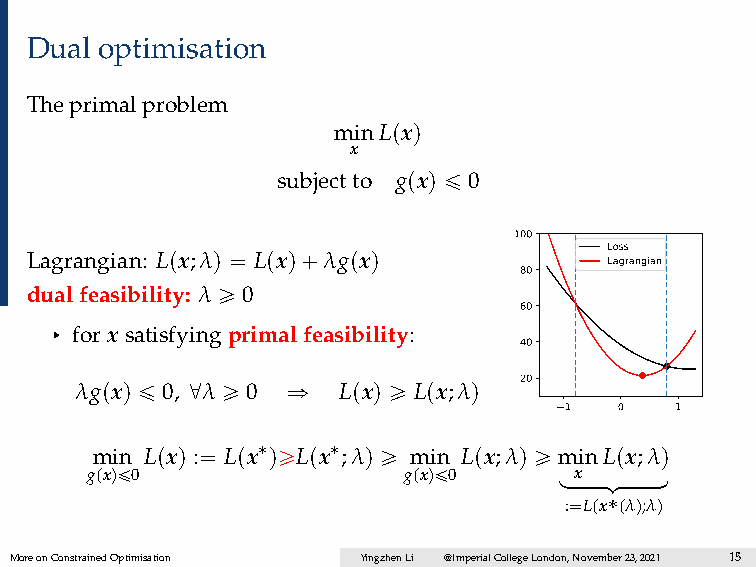
Dual optimisation
 Theprimalproblem
 minLpxq
 x
 subjectto gpxq ď 0
 100
 Loss
 Lagrangian: Lpx;λq “ Lpxq`λgpxq
 Lagrangian
 80
 dualfeasibility: λ ě 0
 60
 § for xsatisfyingprimalfeasibility:
 40
 λgpxq ď 0, @λ ě 0 ñ Lpxq ě Lpx;λq 20
 1   0   1
 min Lpxq :“ Lpx˚qěLpx˚;λq ě min Lpx;λq ě minLpx;λq
 gpxqď0               gpxqď0
 loxoooomooooon
 :“Lpx˚pλq;λq
 MoreonConstrainedOptimisation YingzhenLi @ImperialCollegeLondon,November23,2021 15